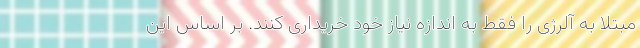
مبتلا به آلرژی را فقط به اندازه نیاز خود خریداری کنند. بر اساس این